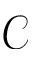
\mathcal { C }